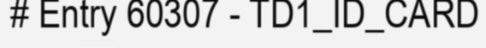
# Entry 60307 - TD1_ID_CARD